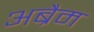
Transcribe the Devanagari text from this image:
अब्रैम